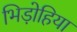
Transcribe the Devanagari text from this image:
भिड़ोहिया